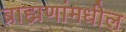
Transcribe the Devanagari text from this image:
ब्राह्मणांमधील